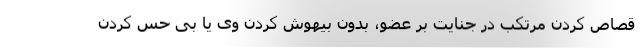
قصاص کردن مرتکب در جنایت بر عضو، بدون بیهوش کردن وی یا بی حس کردن